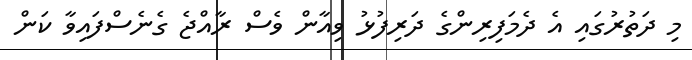
މި ދަތުރުގައި އެ ދެމަފިރިންގެ ދަރިފުޅު ވިއާން ވެސް ރާއްޖެ ގެނެސްފައިވާ ކަން